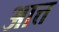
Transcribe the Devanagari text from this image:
आत्त